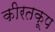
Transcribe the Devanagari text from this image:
कीरतकूप